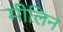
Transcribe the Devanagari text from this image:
मीलिन